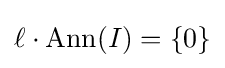
\ell \cdot \mathrm {Ann} (I)=\{0\}